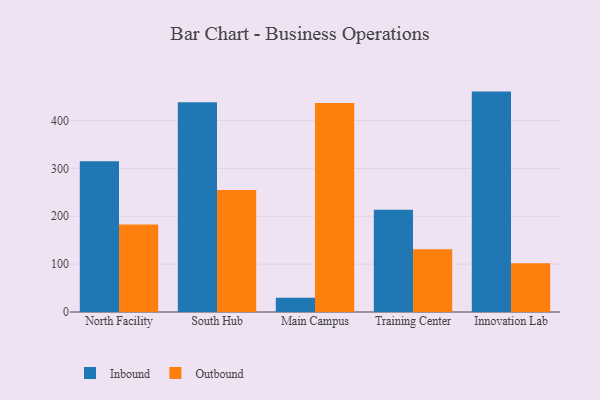
{"axis": {"x": "Campus", "y": "Production Output"}, "legend": ["Inbound", "Outbound"], "data": [{"x": "North Facility", "y": 315.0, "type": "Inbound"}, {"x": "North Facility", "y": 182.6, "type": "Outbound"}, {"x": "South Hub", "y": 437.8, "type": "Inbound"}, {"x": "South Hub", "y": 254.6, "type": "Outbound"}, {"x": "Main Campus", "y": 30.0, "type": "Inbound"}, {"x": "Main Campus", "y": 436.5, "type": "Outbound"}, {"x": "Training Center", "y": 213.5, "type": "Inbound"}, {"x": "Training Center", "y": 130.9, "type": "Outbound"}, {"x": "Innovation Lab", "y": 460.3, "type": "Inbound"}, {"x": "Innovation Lab", "y": 102.0, "type": "Outbound"}]}